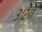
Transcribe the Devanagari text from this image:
३।२।१